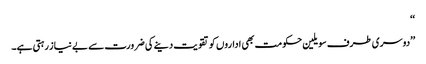
‘‘
’’دوسری طرف سویلین حکومت بھی اداروں کو تقویت دینے کی ضرورت سے بے نیاز رہتی ہے۔